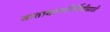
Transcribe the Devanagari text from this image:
वातावरणनिर्मितीसाठी